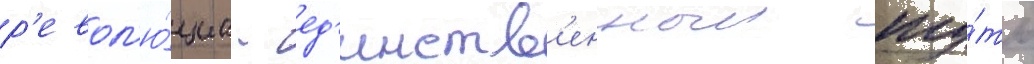
р'евол'ю́циа - ед'инств'енныи пу́ть